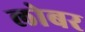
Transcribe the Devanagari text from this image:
लोबर